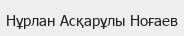
Нұрлан Асқарұлы Ноғаев